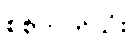
စစ်ဘက်သုံး